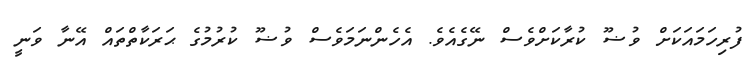
ފުރިހަމައަކަށް ވުޟޫ ކުރާކަށްވެސް ނޭގެއެވެ. އެހެންނަމަވެސް ވުޟޫ ކުރުމުގެ ޙަރަކާތްތައް އޭނާ ވަނީ